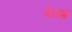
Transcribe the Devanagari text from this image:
बेसब्र